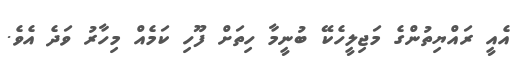
އެއީ ރައްޔިތުންގެ މަޖިލީހެކޭ ބުނީމާ ހިތަށް ފޫހި ކަމެއް މިހާރު ވަދެ އެވެ.